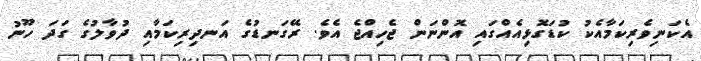
އެކަނިވެރިކަމާއެކު ކުޑަގޮޅިއެއްގައި އޮންނަން ޖެހިއްޖެ އެވެ. ރޭގަނޑުގެ އަނދިރިކަމާއި ދުވާލުގެ ގަދަ ހޫނު